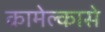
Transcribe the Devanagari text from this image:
कामेल्कासे